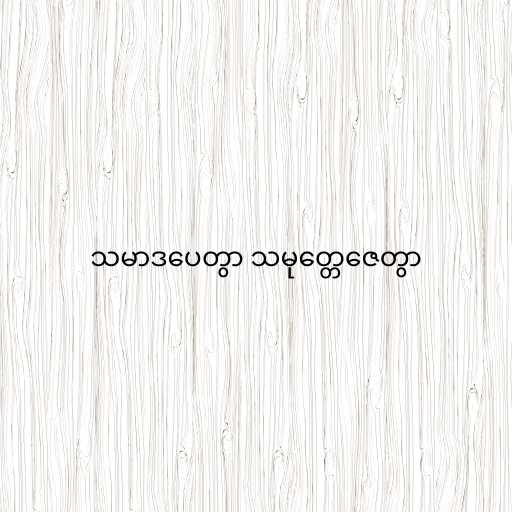
သမာဒပေတွာ သမုတ္တေဇေတွာ